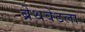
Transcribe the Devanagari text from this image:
ब्रेथवेटला